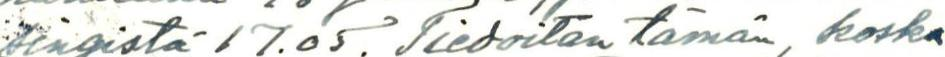
singistä 17.05. Tiedoitan tämän, koska